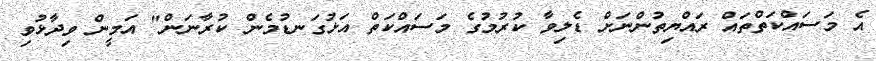
އެ މަސައްކަތްތައް ރައްޔިތުންނަށް ޑެލިވާ ކުރުމުގެ މަސައްކަތް އަޅުގަނޑުމެން ކުރާނަން" އަމީން ވިދާޅުވި